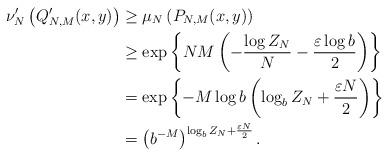
LaTeX: \begin{align*} \nu^\prime_N\left(Q^\prime_{N,M}(x,y)\right) & \geq \mu_N\left(P_{N,M}(x,y)\right) \\ &\geq \exp\left\{NM\left(- \frac{\log Z_N}{N} - \frac{\varepsilon\log b}{2}\right)\right\} \\ &= \exp\left\{-M\log b \left(\log_b Z_N + \frac{\varepsilon N}{2}\right)\right\} \\ & = \left(b^{-M}\right)^{\log_b Z_N + \frac{\varepsilon N}{2}}.\end{align*}